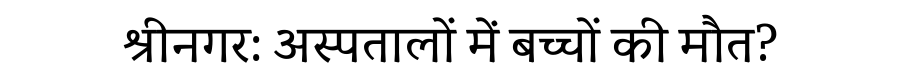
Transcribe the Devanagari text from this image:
श्रीनगर: अस्पतालों में बच्चों की मौत?